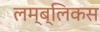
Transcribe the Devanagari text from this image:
लम्ब्लिकस